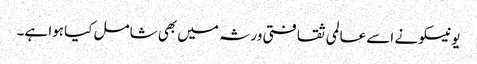
یونیسکو نے اسے عالمی ثقافتی ورثہ میں بھی شامل کیا ہوا ہے۔